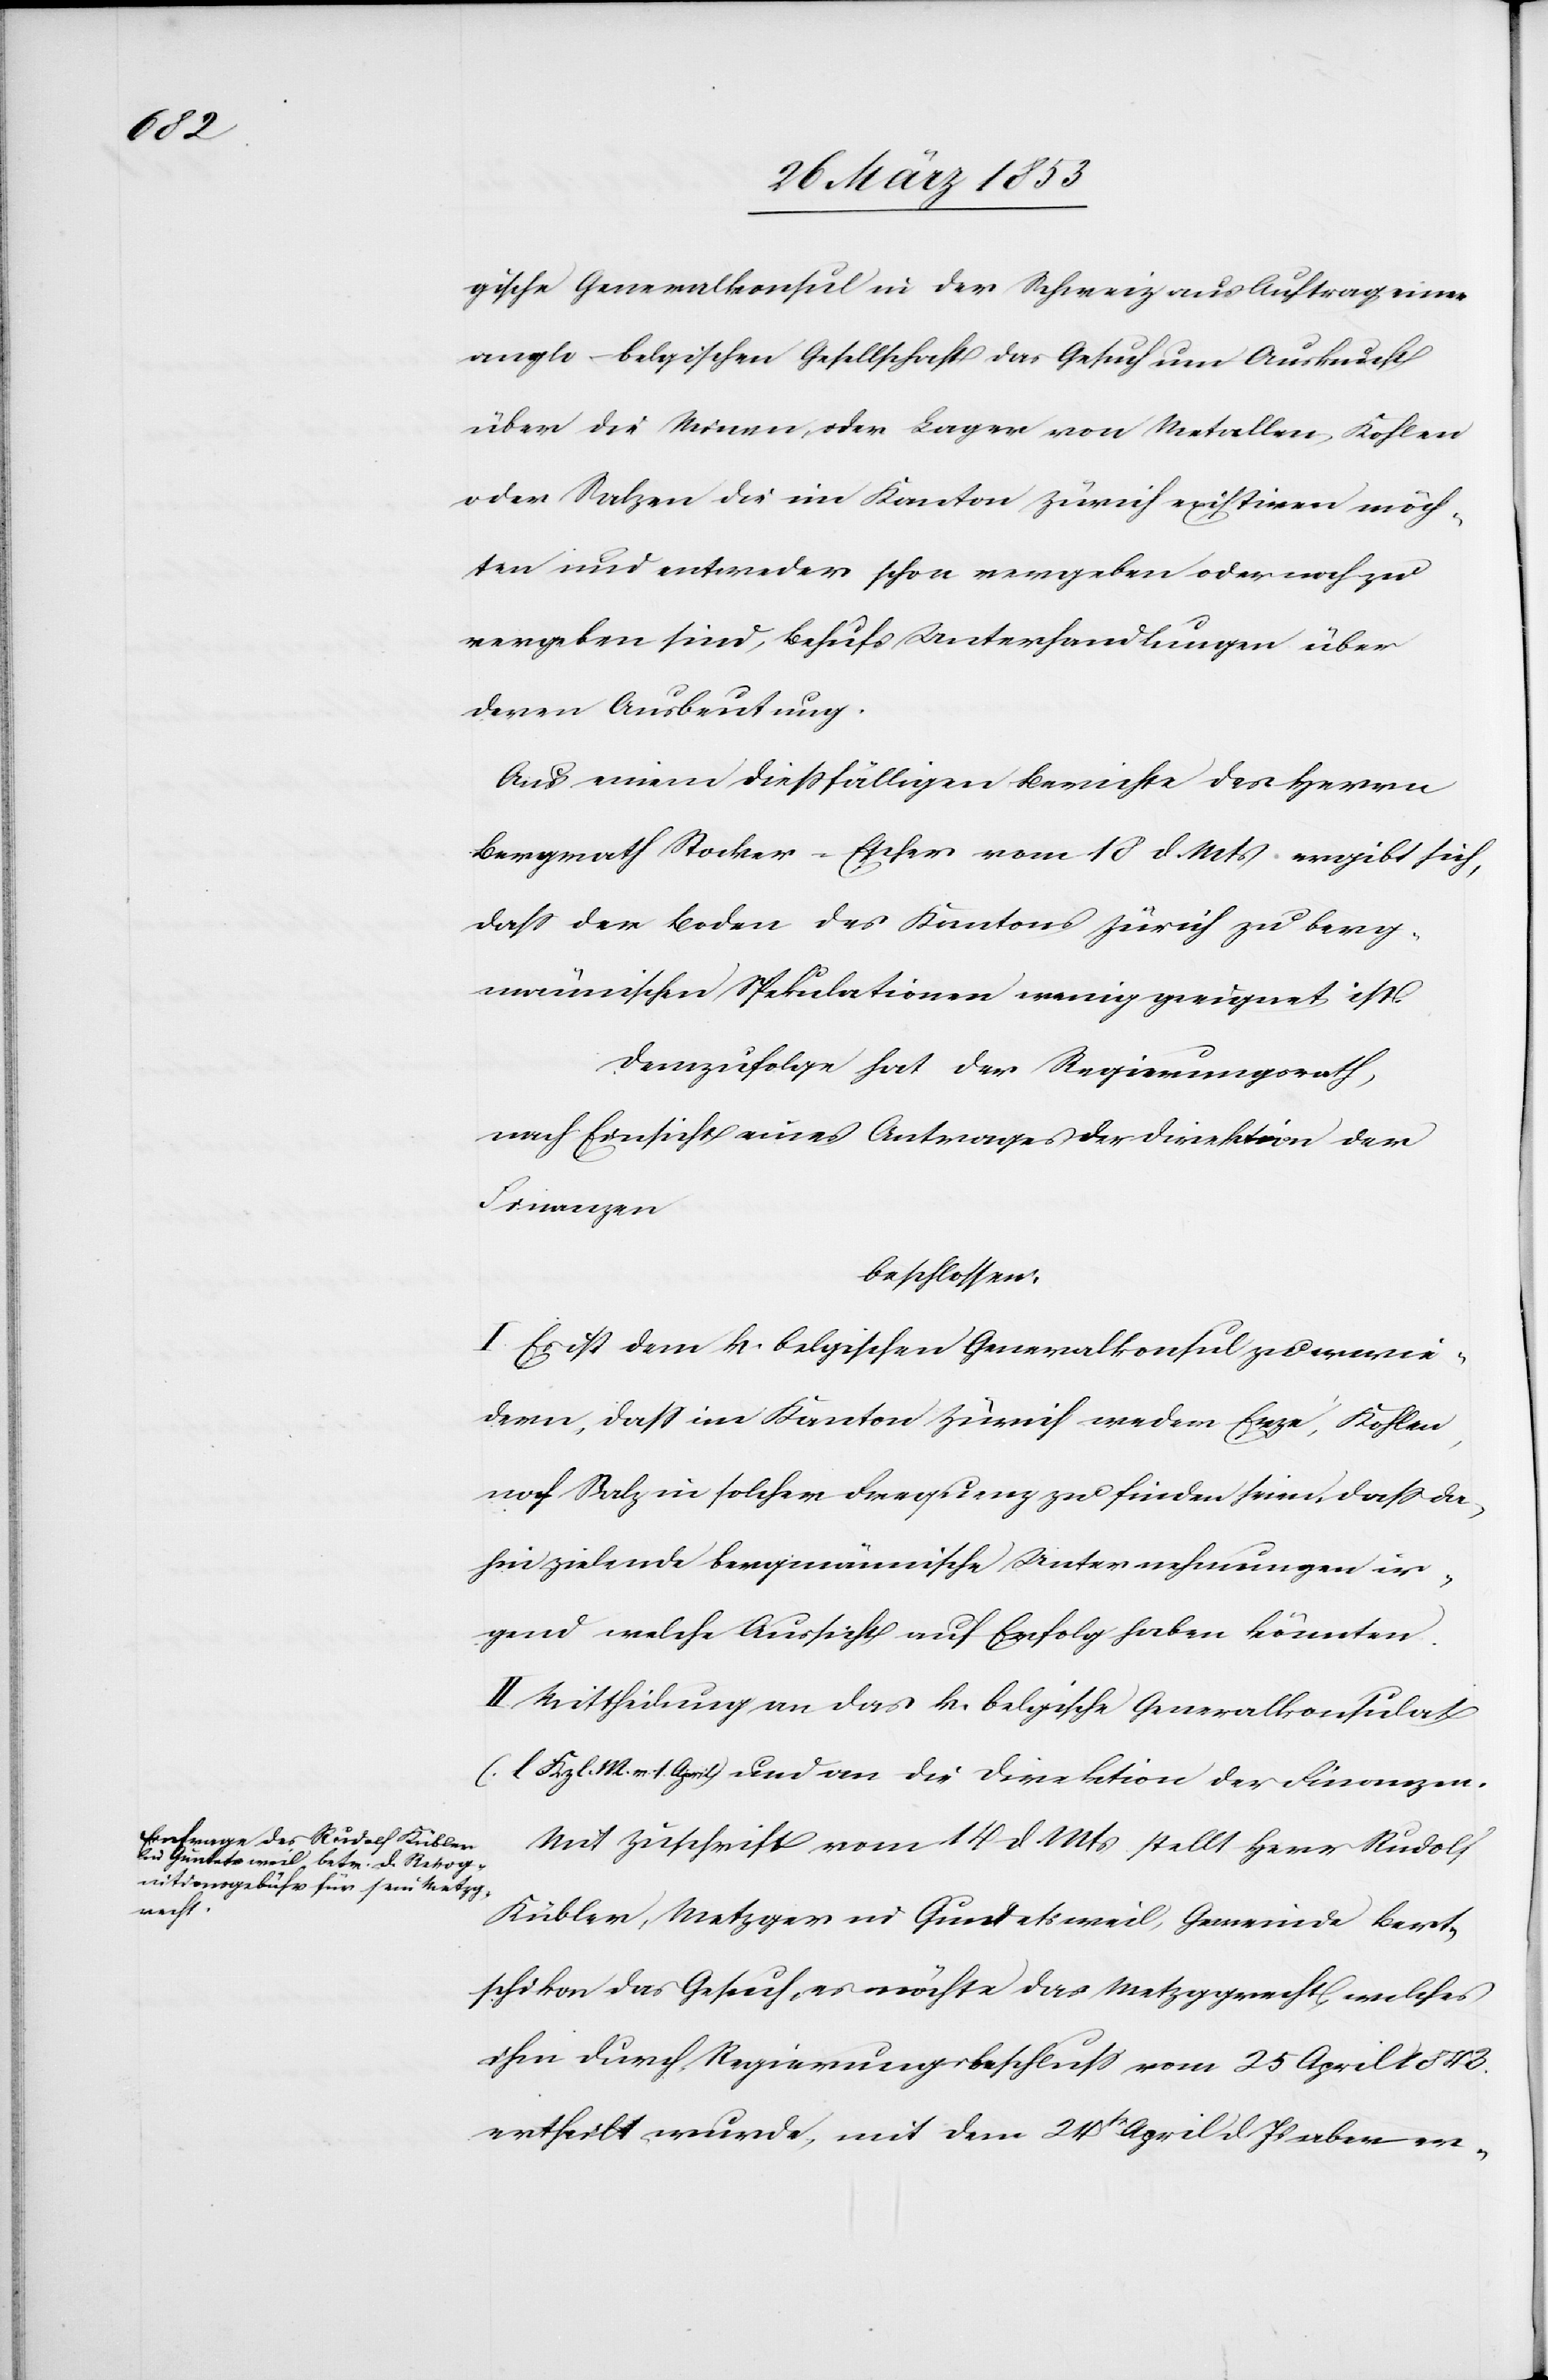
gische Generalkonsul in der Schweiz aus Auftrag einer
anglo-belgischen Gesellschaft das Gesuch um Auskunft
über die Minen, oder Lager von Metallen, Kohlen
oder Salzen die im Kanton Zürich existiren möch¬
ten und entweder schon vergeben oder noch zu
vergeben sind, behufs Unterhandlungen über
deren Ausbeutung.
Aus einem dießfälligen Berichte des Herrn
Bergrath Stocker-Escher vom 18 d. Mts. ergibt sich,
daß der Boden des Kantons Zürich zu berg¬
männischen Spekulationen wenig geeignet ist.
Demzufolge hat der Regierungsrath,
nach Einsicht eines Antrages der Direktion der
Finanzen
beschlossen:
I. Es ist dem k. belgischen Generalkonsul zu erwie¬
dern, daß im Kanton Zürich weder Erze, Kohlen,
noch Salz in solcher Frequenz zu finden sei, daß da¬
hin zielende bergmännische Unterhandlungen ir¬
gend welche Aussicht auf Erfolg haben könnten.
II. Mittheilung an das k. belgische Generalkonsulat
[l. Kzl. M. v. 1. April] und an die Direktion der Finanzen.
Mit Zuschrift vom 14 d. Mts. stellt Herr Rudolf
Kübler, Metzger in Gundetsweil, Gemeinde Bert¬
schikon das Gesuch, es möchte das Metzgrecht, welches
ihm durch Regierungsbeschluß vom 25 April 1843
ertheilt wurde, mit dem 24t. April d. Js. aber er-